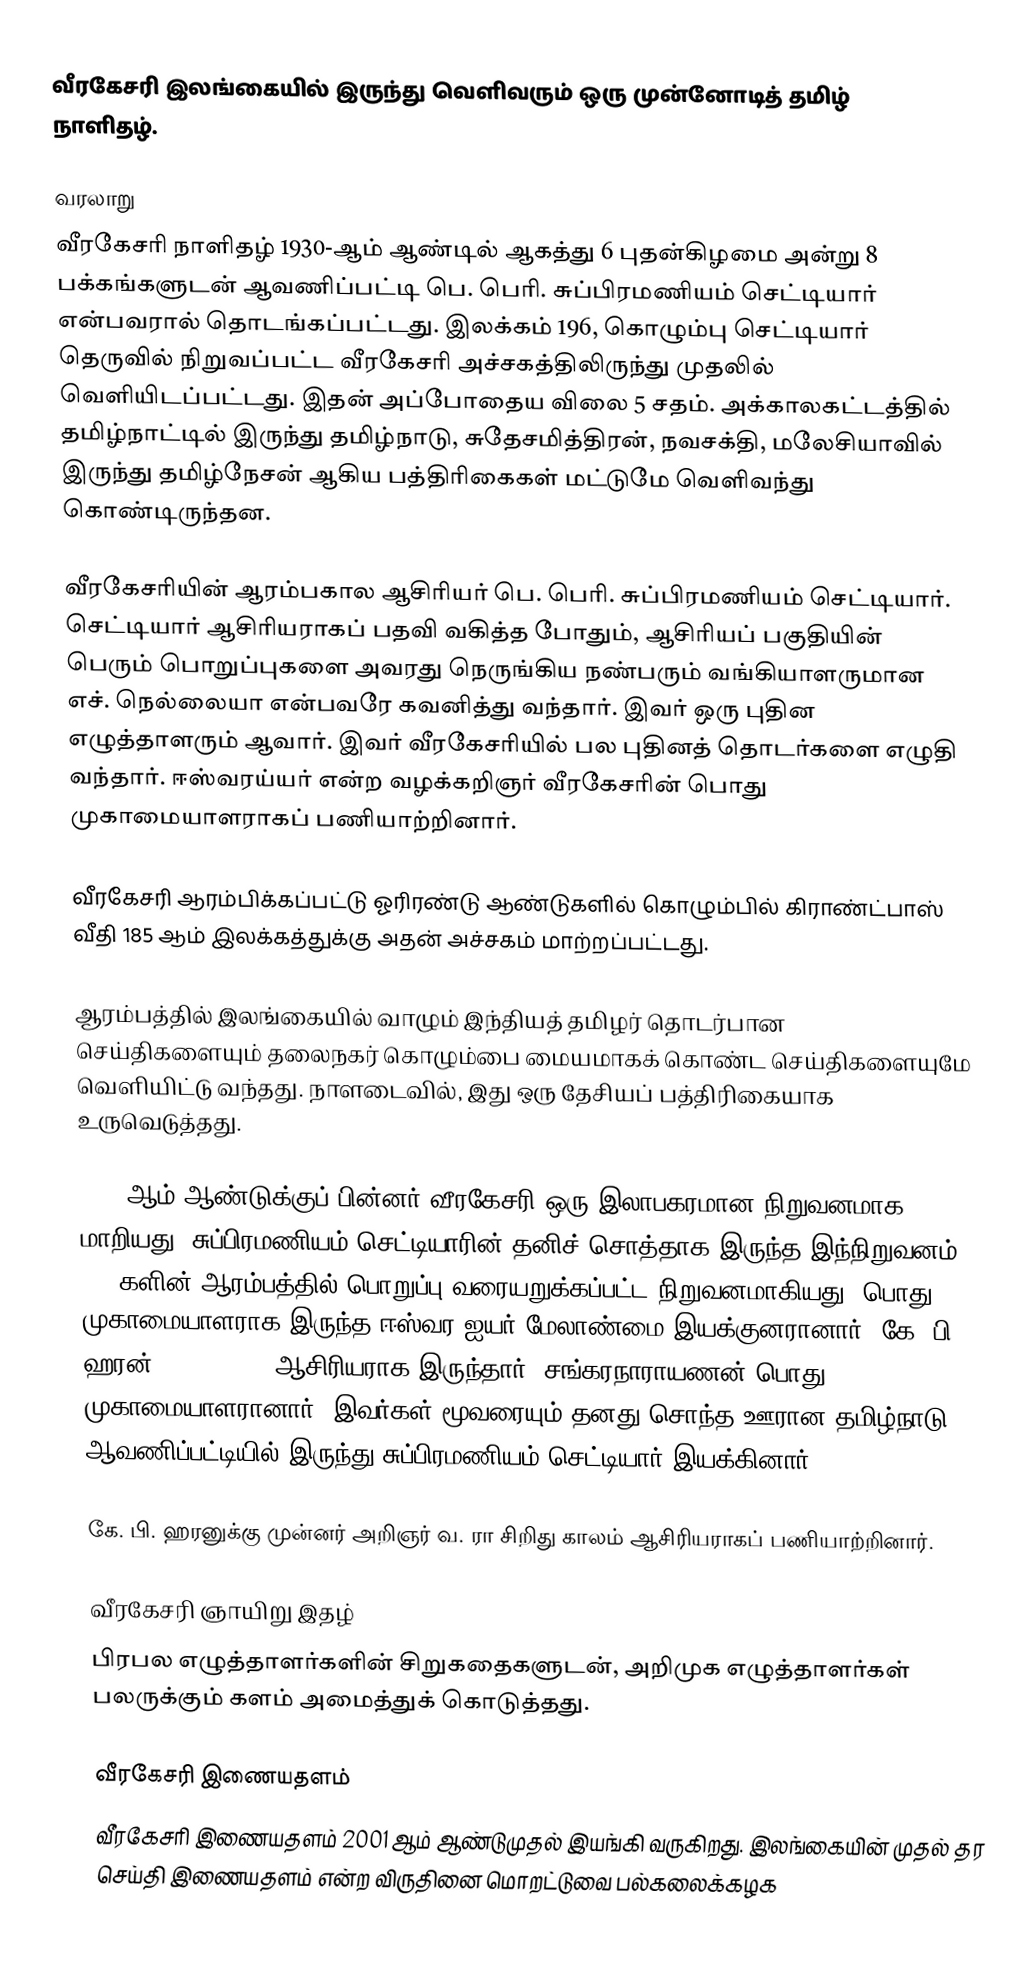
வீரகேசரி இலங்கையில் இருந்து வெளிவரும் ஒரு முன்னோடித் தமிழ் நாளிதழ்.

வரலாறு
வீரகேசரி நாளிதழ் 1930-ஆம் ஆண்டில் ஆகத்து 6 புதன்கிழமை அன்று 8 பக்கங்களுடன் ஆவணிப்பட்டி பெ. பெரி. சுப்பிரமணியம் செட்டியார் என்பவரால் தொடங்கப்பட்டது. இலக்கம் 196, கொழும்பு செட்டியார் தெருவில் நிறுவப்பட்ட வீரகேசரி அச்சகத்திலிருந்து முதலில் வெளியிடப்பட்டது. இதன் அப்போதைய விலை 5 சதம். அக்காலகட்டத்தில் தமிழ்நாட்டில் இருந்து தமிழ்நாடு, சுதேசமித்திரன், நவசக்தி, மலேசியாவில் இருந்து தமிழ்நேசன் ஆகிய பத்திரிகைகள் மட்டுமே வெளிவந்து கொண்டிருந்தன.

வீரகேசரியின் ஆரம்பகால ஆசிரியர் பெ. பெரி. சுப்பிரமணியம் செட்டியார். செட்டியார் ஆசிரியராகப் பதவி வகித்த போதும், ஆசிரியப் பகுதியின் பெரும் பொறுப்புகளை அவரது நெருங்கிய நண்பரும் வங்கியாளருமான எச். நெல்லையா என்பவரே கவனித்து வந்தார். இவர் ஒரு புதின எழுத்தாளரும் ஆவார். இவர் வீரகேசரியில் பல புதினத் தொடர்களை எழுதி வந்தார். ஈஸ்வரய்யர் என்ற வழக்கறிஞர் வீரகேசரின் பொது முகாமையாளராகப் பணியாற்றினார்.

வீரகேசரி ஆரம்பிக்கப்பட்டு ஓரிரண்டு ஆண்டுகளில் கொழும்பில் கிராண்ட்பாஸ் வீதி 185 ஆம் இலக்கத்துக்கு அதன் அச்சகம் மாற்றப்பட்டது.

ஆரம்பத்தில் இலங்கையில் வாழும் இந்தியத் தமிழர் தொடர்பான செய்திகளையும் தலைநகர் கொழும்பை மையமாகக் கொண்ட செய்திகளையுமே வெளியிட்டு வந்தது. நாளடைவில், இது ஒரு தேசியப் பத்திரிகையாக உருவெடுத்தது.

1943 ஆம் ஆண்டுக்குப் பின்னர் வீரகேசரி ஒரு இலாபகரமான நிறுவனமாக மாறியது. சுப்பிரமணியம் செட்டியாரின் தனிச் சொத்தாக இருந்த இந்நிறுவனம், 1950களின் ஆரம்பத்தில் பொறுப்பு வரையறுக்கப்பட்ட நிறுவனமாகியது. பொது முகாமையாளராக இருந்த ஈஸ்வர ஐயர் மேலாண்மை இயக்குனரானார். கே. பி. ஹரன் (1939-1959) ஆசிரியராக இருந்தார். சங்கரநாராயணன் பொது முகாமையாளரானார். இவர்கள் மூவரையும் தனது சொந்த ஊரான தமிழ்நாடு ஆவணிப்பட்டியில் இருந்து சுப்பிரமணியம் செட்டியார் இயக்கினார்.

கே. பி. ஹரனுக்கு முன்னர் அறிஞர் வ. ரா சிறிது காலம் ஆசிரியராகப் பணியாற்றினார்.

வீரகேசரி ஞாயிறு இதழ்
பிரபல எழுத்தாளர்களின் சிறுகதைகளுடன், அறிமுக எழுத்தாளர்கள் பலருக்கும் களம் அமைத்துக் கொடுத்தது.

வீரகேசரி இணையதளம்
வீரகேசரி இணையதளம் 2001 ஆம் ஆண்டுமுதல் இயங்கி வருகிறது. இலங்கையின் முதல் தர செய்தி இணையதளம் என்ற விருதினை மொறட்டுவை பல்கலைக்கழக